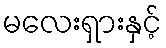
မလေးရှားနှင့်